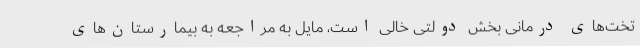
تخت‌های درمانی بخش دولتی خالی است، مایل به مراجعه به بیمارستان‌های